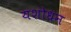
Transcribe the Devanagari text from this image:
यशोधन